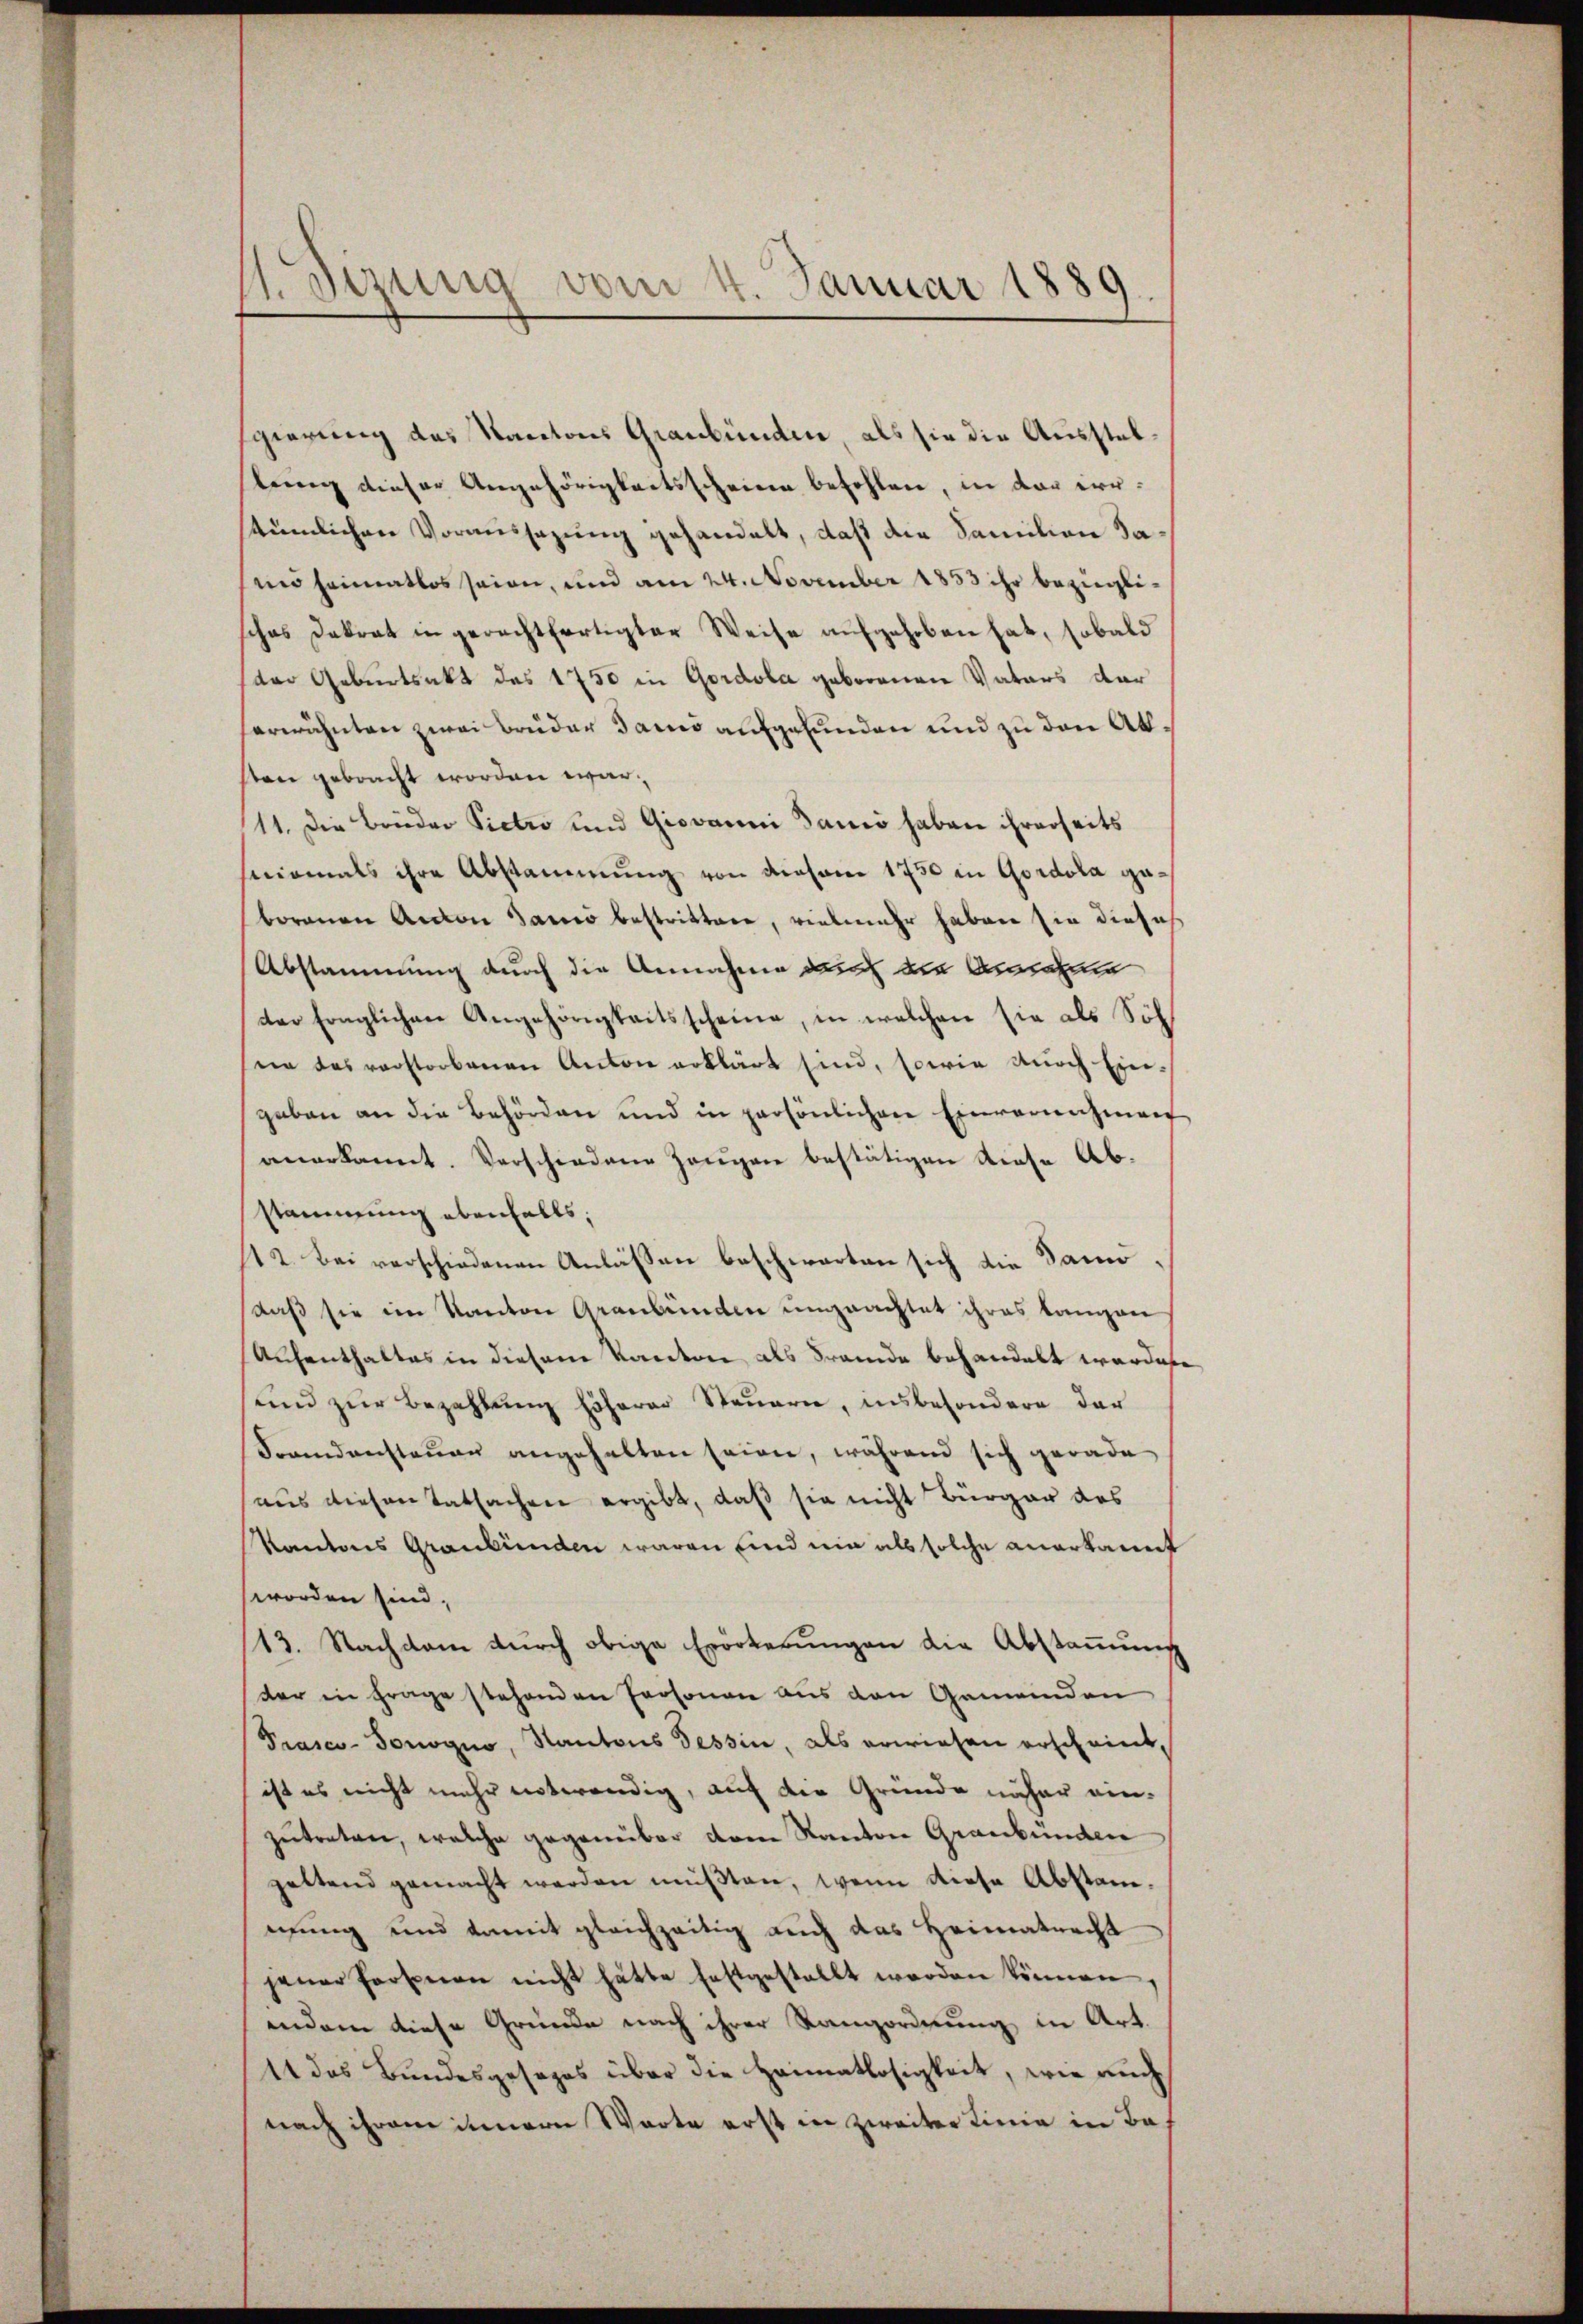
1.Sizung vom 4. Januar 1889.

gierung des Kantons Graubünden, als sie die Ausstellung dieser Angehörigkeitsscheinen befohlen, in der irrstümlichen Voraussezung gehandelt, daß die Familien Sa¬
und heimatlos seien, und am 24. November 1853 ihr bezieglisches Dakrat in gerechtfertigter Weise aŭfgehoben hat, sobald
der Geburtsakt des 1750 in Gordola geborenen Vaters dar
herwähnten zwei Brüder Tams aufgefunden und zu den Akten gebracht worden war,
11. Die Brüder Pietro und Giovanni Danio haben ihrerseits
sermals ihre Abstammung von diesen 1750 in Gordola gaborenen Anden James bestrittere, vielmehr haben sie diese
Abstammung durch die Annahme darf die Antr
der fraglichen Angehörigkeitsscheine, in welchen sie als Sol
ne das verstorbenen Anton erklärt sind, sowie durch Eingaben an die Behörden und in persönlichen Einvernahmen
anerkannt. Verschiedene Zeugen bestätigen diese Abstammung ebenfalls,
112. Bei verschiedenen Anlassen beschwarten sich die Samo
daß sie im Kanton Graubünden ungeachtet ihres langen
Aufenthaltes in diesem Kanton als Fremde behandelt werdene
und zur Bezahlung höherer Steuern, insbesondere der
Foredenstauen angehalten seien, während sich gerade
aus diesen Tatsachen ergibt, daß sie nicht Bürger des
Kantons Graubünden waren sind nie als solche anerkannt
worden sind,
13. Nachdem durch obige Erörterungen die Abstammung
der in Frage stehenden Personen aus den Gemeinden
Prasco-Tonogno, Kantons Tessin, als erwiesen erscheint,
ist es nicht mehr entwendig, auf die Gründe näher ein-
zŭtreten, welche gegenüber dem Kanton Graubünden
zeltend gemacht werden müβten, wenn diese Abstanmung und damit gleichzeitig auch das Heimatrecht
jener Personen nicht hätte festgestellt werden können.
indem diese Gründe nach ihrer Rangordnung in Art.
44 das Bundesgesezes über die Heimatlosigkeit, wie auch
nach ihrem innere Worte erst in zweiter Linie in Bah